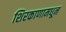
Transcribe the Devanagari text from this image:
शिरकाणामधून